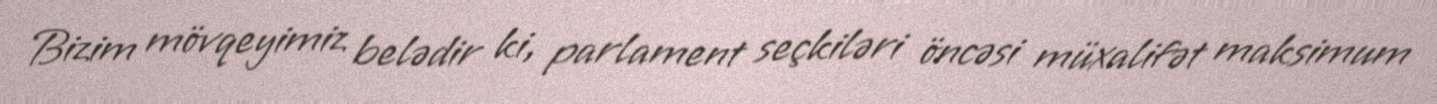
Bizim mövqeyimiz belədir ki, parlament seçkiləri öncəsi müxalifət maksimum